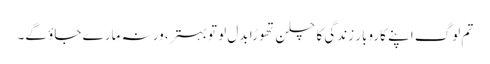
تم لوگ اپنے کاروبارِ زندگی کا چلن تھوڑا بدل لو تو بہتر، ورنہ مارے جاؤ گے۔